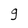
Character: g